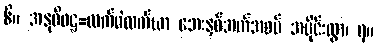
၆။ အနုဝိဝဋ္ဋ=လက်ဝဲလက်ယာ ဘေးနှစ်ဘက်အစပ် အပိုင်းလွှာ၊ ၇။